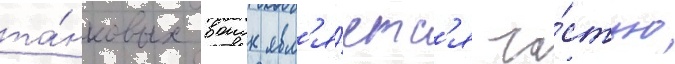
та́нковых воиск явл'я́етс'я ча́стью